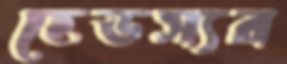
হেডস্যর